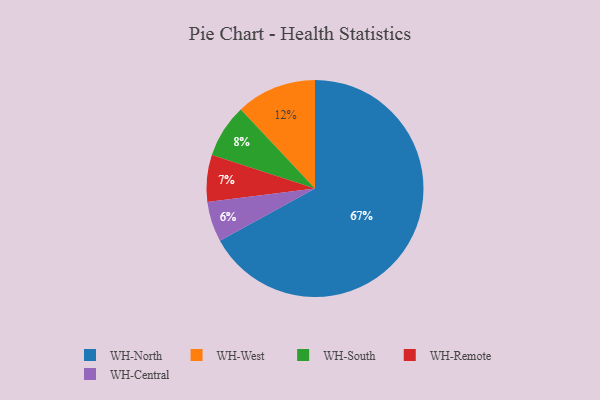
{"axis": {"x": "Category", "y": "Percentage"}, "legend": ["WH-Central", "WH-North", "WH-Remote", "WH-South", "WH-West"], "data": [{"x": "WH-Remote", "y": 7, "type": "WH-Remote"}, {"x": "WH-Central", "y": 6, "type": "WH-Central"}, {"x": "WH-North", "y": 67, "type": "WH-North"}, {"x": "WH-West", "y": 12, "type": "WH-West"}, {"x": "WH-South", "y": 8, "type": "WH-South"}]}